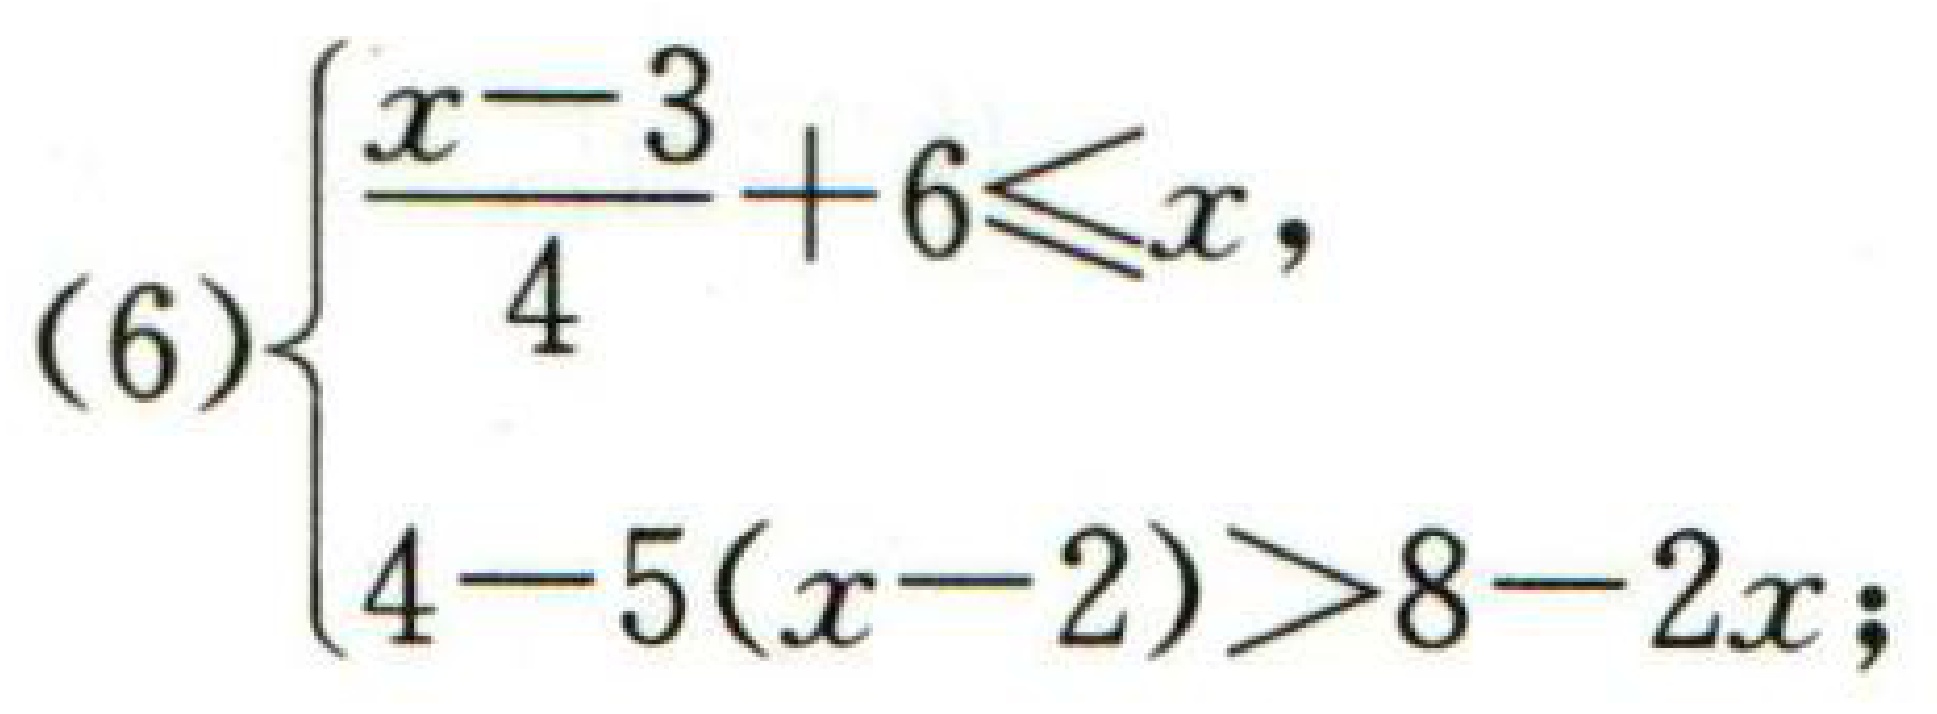
\(

(6)\left\{

\begin{array}{l}

\frac{x - 3}{4}+6\leq x\\

4 - 5(x - 2)>8 - 2x

\end{array}

\right.

\)